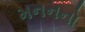
મનનનો